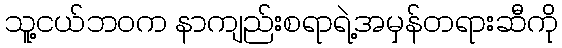
သူ့ငယ်ဘဝက နာကျည်းစရာရဲ့အမှန်တရားဆီကို